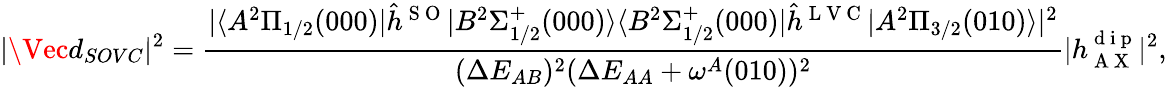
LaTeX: |\Vec{d}_{SOVC}|^{2}=\frac{|\langle A^{2}\Pi_{1/2}(000)|\hat{h}^{\mathrm{~S~O~}}|B^{2}\Sigma_{1/2}^{+}(000)\rangle\langle B^{2}\Sigma_{1/2}^{+}(000)|\hat{h}^{\mathrm{~L~V~C~}}|A^{2}\Pi_{3/2}(010)\rangle|^{2}}{(\Delta E_{AB})^{2}(\Delta E_{AA}+\omega^{A}(010))^{2}}|h_{\mathrm{~A~X~}}^{\mathrm{~d~i~p~}}|^{2},